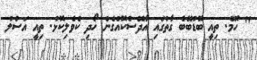
" ހޫމް. ތިއީ ބޮޑުބޭބެ ގާތުގައި އާދޭސްކޮއްގެން ހޯދި ކެވެލިކޮޅު. ތިއީ އަސްލު